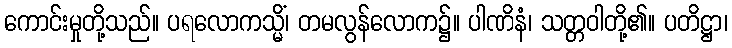
ကောင်းမှုတို့သည်။ ပရလောကသ္မိံ၊ တမလွန်လောက၌။ ပါဏိနံ၊ သတ္တဝါတို့၏။ ပတိဋ္ဌာ၊